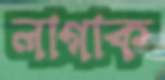
লাগাক